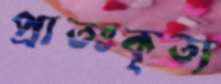
প্রাতঃকৃত্য